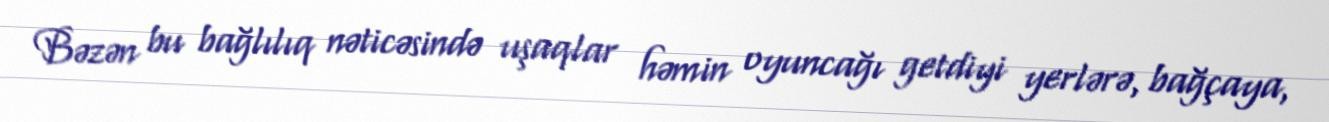
Bəzən bu bağlılıq nəticəsində uşaqlar həmin oyuncağı getdiyi yerlərə, bağçaya,